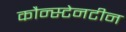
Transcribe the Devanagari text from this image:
कौन्स्टेनटीन